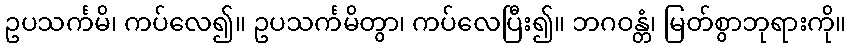
ဥပသင်္ကမိ၊ ကပ်လေ၍။ ဥပသင်္ကမိတွာ၊ ကပ်လေပြီး၍။ ဘဂဝန္တံ၊ မြတ်စွာဘုရားကို။